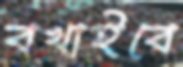
বখাইবে